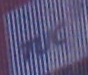
TUC